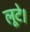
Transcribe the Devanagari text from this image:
लूटे।